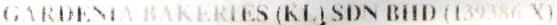
GARDENIA BAKERIES (KL) SDN BHD (139386 X)